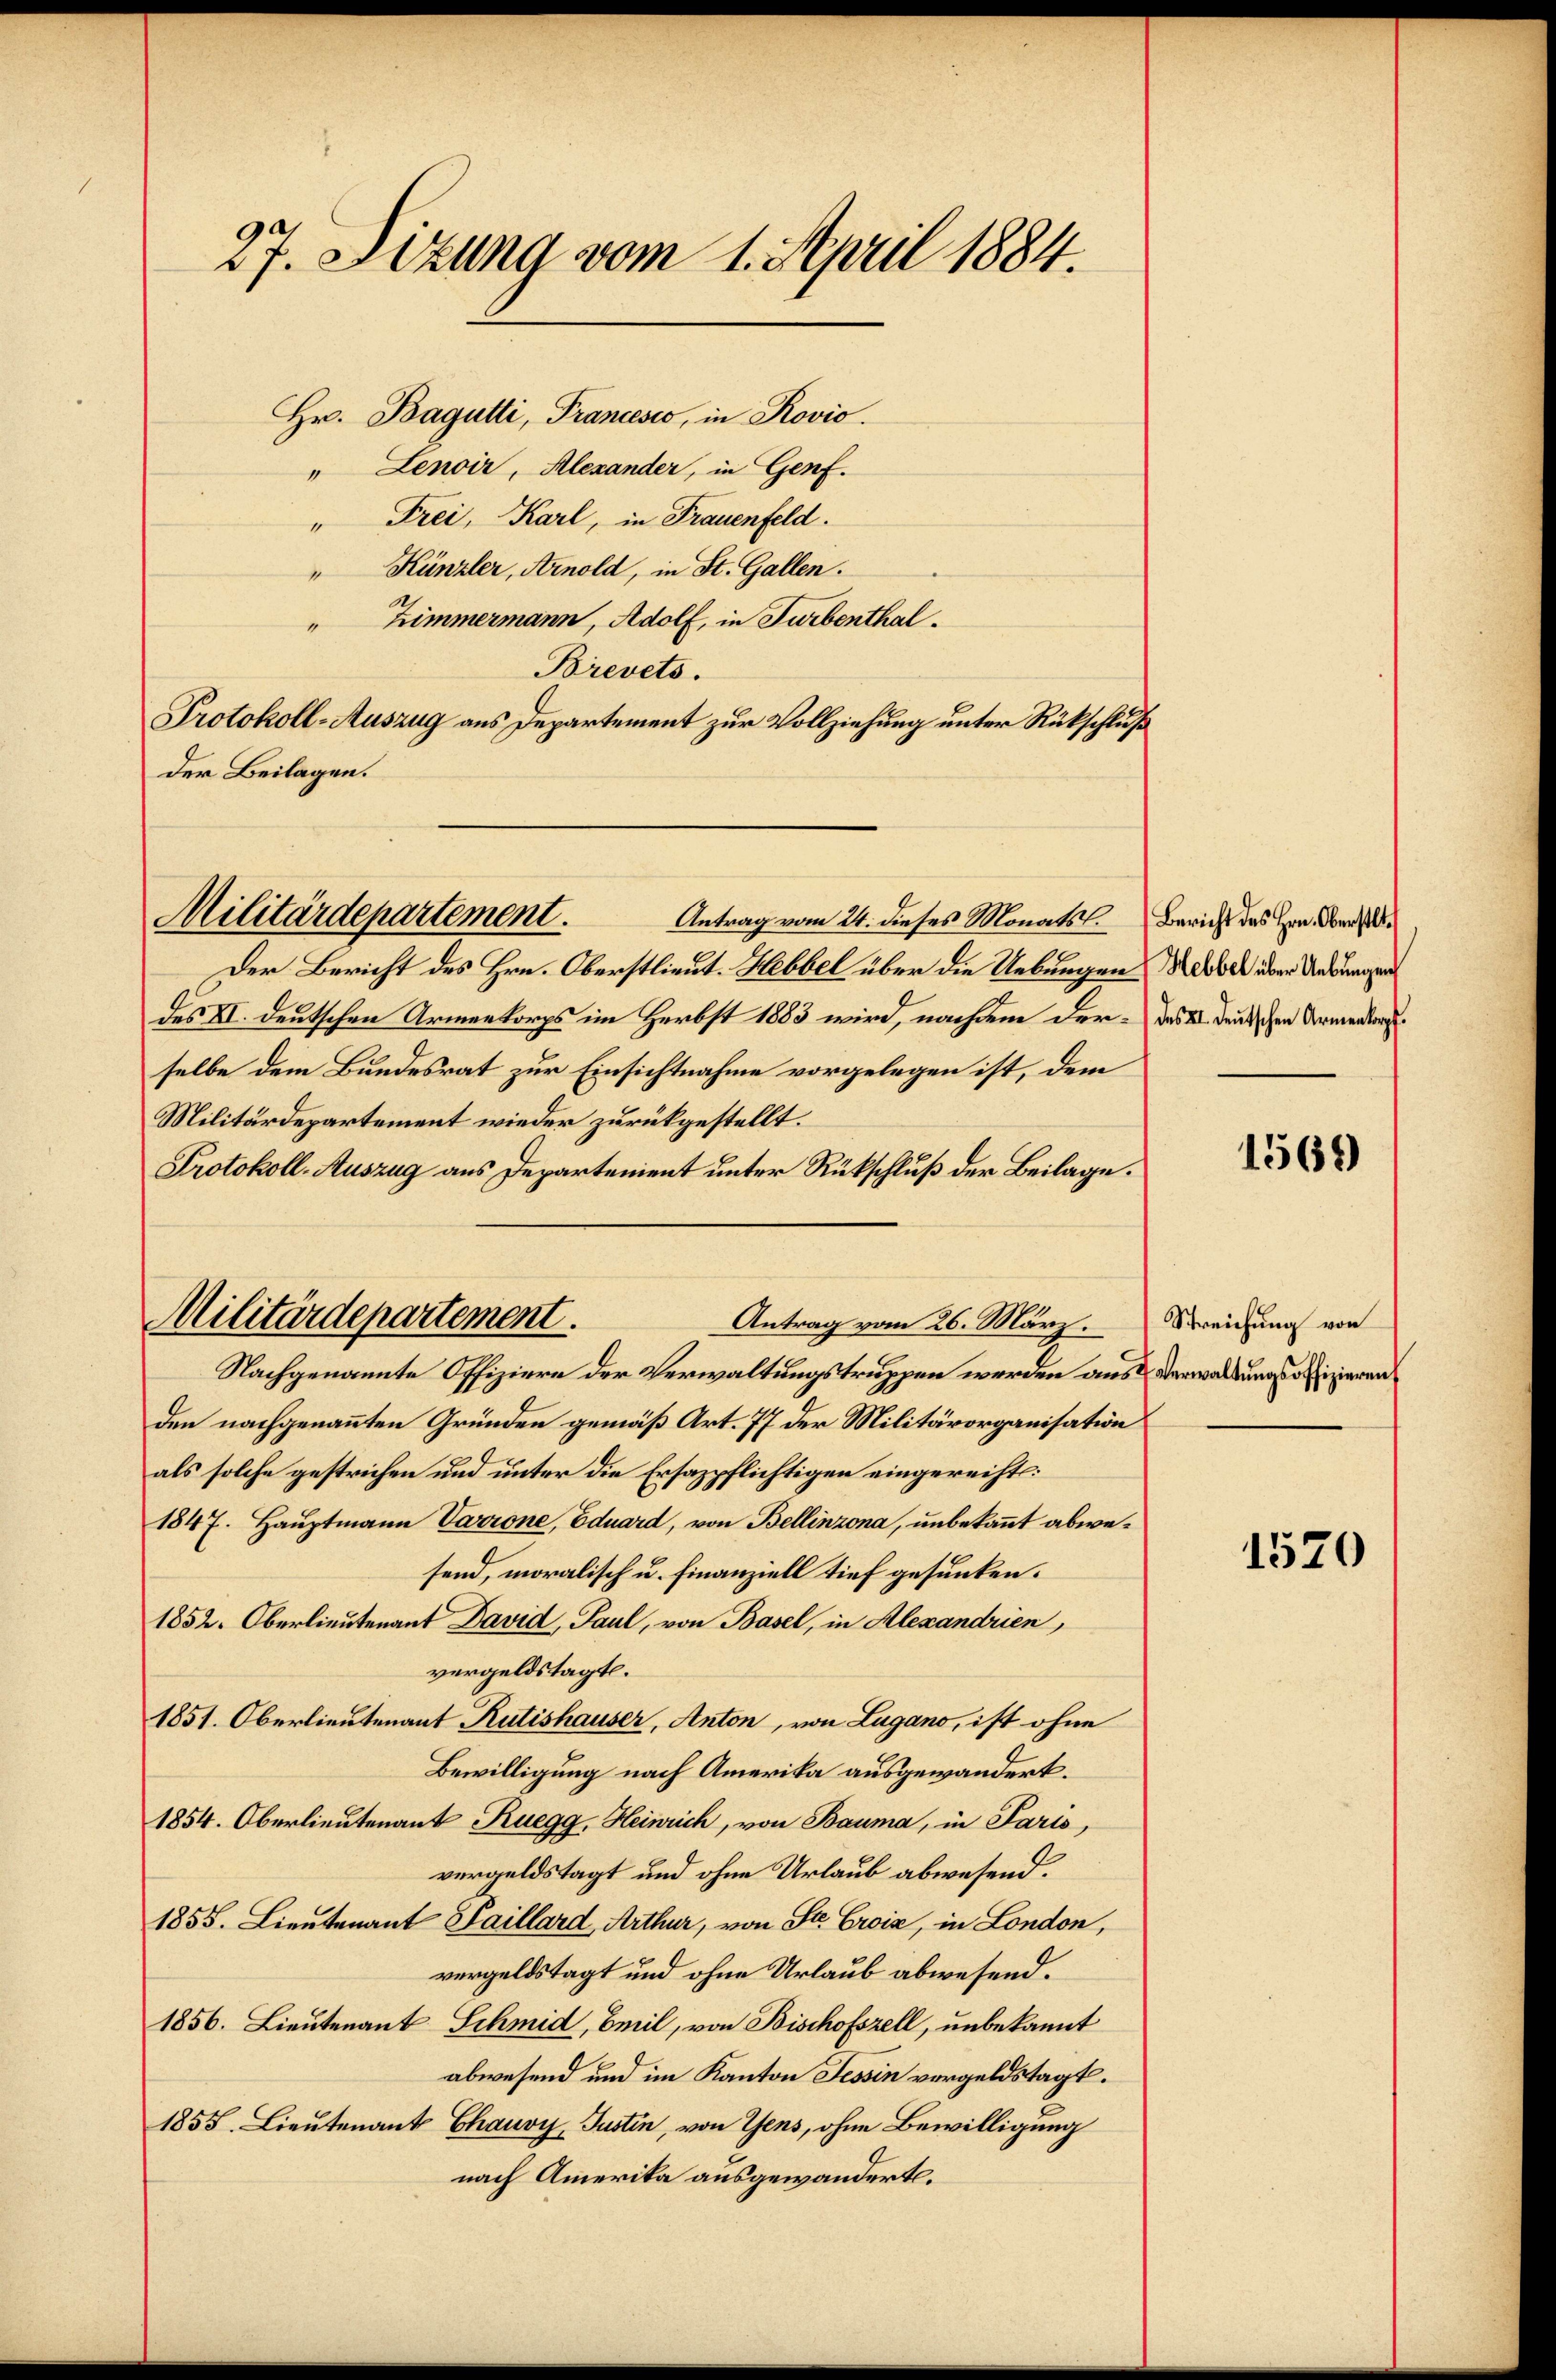
27. Sitzung vom 1. April 1884.

Hr. Bagütti, Francesco, in Rović.
" Lenoir, Alexander, in Genf.
" Frei, Karl, in Frauenfeld.
" Künzler, Arnold, in St. Gallen.
Zimmermann, Adolf, in Turbenthal¬
Brevets.
Protokoll-Auszug aus Departement zur Vollziehung unter Rückschluß
Der Beilagen.

Militärdepartement.
Antrag vom 24. dieses Monats.

Der Bericht des Hrn. Oberstlieut. Hebbel über die Uebungen
des VI. deutschen Armenkorps im Herbst 1883 wird, nachdem derselbe dem Bundesrat zur Einsichtnahme vorgelegen ist, dem
Militärdepartement wieder zurückgestellt.
Protokoll-Auszug aus Departement unter Rückschluß der Beilage.
Antrag vom 26. März.
Nachgenannte Offiziere der Verwaltungstruppen werden aus Verwaltungsoffizieren
den nachgenannten Gründen gemäß Art. 77 der Militärorganisation
als solche gestrichen und unter die Ersazpflichtigen eingerechts:
1847. Hauptmann Varrone, Eduard, von Bellinzona, unbekannt abwesend, moralisch u. Finanziell tief gesunken.
1852. Oberlieutenant David, Paul, von Basel, in Alexandrien,
vergeldstagt.
1851. Oberlieutenant Rutishauser, Anton, von Lugano, ist ohne
Bewilligung nach Amerika ausgewandert.
1854. Oberlieutenant Ruegg, Heinrich, von Bauma, in Paris,
vergeldstagt und ohne Urlaub abwesend.
1855. Lieutenant Saillard, Arthur, von St. Croix, in London,
vergeldstagt und ohne Urlaub abwesend.
1856. Lieutenant Schmid, Beil, von Bischofszell, unbekannt
abwesend und im Kanton Tessin vorgeldstagt.
1855. Lieutenant Chauvy, Justin, von Gens, ohne Bewilligung
nach Amerika ausgewandert.

Militärdepartement.

Bericht des Hrn. Oberstlt.
Hebbel über Uebungen
des II. Deutschen Armenkorpf.

1569

Streichung von

1520